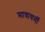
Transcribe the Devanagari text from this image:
मात्राधर्मी